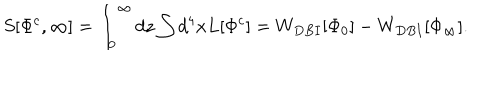
S [ \Phi ^ { c } , \infty ] = \int _ { 0 } ^ { \infty } d z \int d ^ { 4 } x L [ \Phi ^ { c } ] = W _ { D B I } [ \Phi _ { 0 } ] - W _ { D B I } [ \Phi _ { \infty } ] .